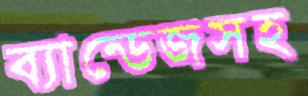
ব্যান্ডেজসহ